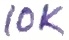
Text: 10K